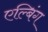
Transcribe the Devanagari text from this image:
एल्बिंग